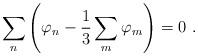
LaTeX: \begin{align*}\sum_n \left(\varphi_n - \frac 13 \sum_m \varphi_m\right) = 0~.\end{align*}